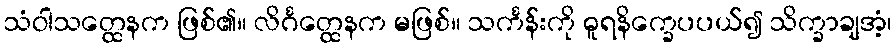
သံဝါသတ္ထေနက ဖြစ်၏။ လိင်္ဂတ္ထေနက မဖြစ်။ သင်္ကန်းကို ဓူရနိက္ခေပပယ်၍ သိက္ခာချအံ့၊